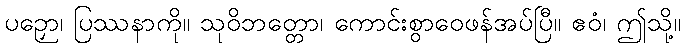
ပဉှော၊ ပြဿနာကို။ သုဝိဘတ္တော၊ ကောင်းစွာဝေဖန်အပ်ပြီ။ ဧဝံ၊ ဤသို့။